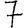
Digit: 7